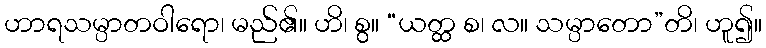
ဟာရသမ္ပာတဝါရော၊ မည်၏။ ဟိ၊ စွ။ “ယတ္ထ စ၊ လ။ သမ္ပာတော”တိ၊ ဟူ၍။